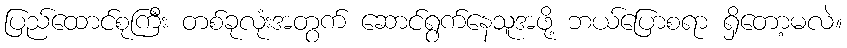
ပြည်ထောင်စုကြီး တစ်ခုလုံးအတွက် ဆောင်ရွက်နေသူအဖို့ ဘယ်ပြောစရာ ရှိတော့မလဲ။